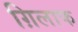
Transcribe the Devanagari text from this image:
ग़िलाफ